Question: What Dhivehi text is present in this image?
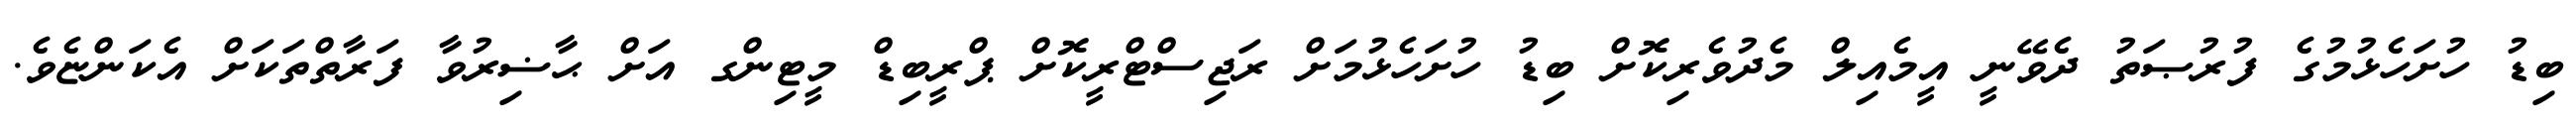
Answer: ބިޑު ހުށަހެޅުމުގެ ފުރުޞަތު ދެވޭނީ އީމެއިލް މެދުވެރިކޮށް ބިޑު ހުށަހެޅުމަށް ރަޖިސްޓްރީކޮށް ޕްރީބިޑް މީޓިންގ އަށް ޙާޟިރުވާ ފަރާތްތަކަށް އެކަންޏެވެ.